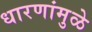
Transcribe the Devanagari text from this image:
धारणांमुळे